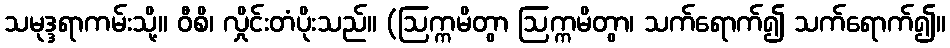
သမုဒ္ဒရာကမ်းသို့။ ဝီစိ၊ လှိုင်းတံပိုးသည်။ (ဩက္ကမိတွာ ဩက္ကမိတွာ၊ သက်ရောက်၍ သက်ရောက်၍။